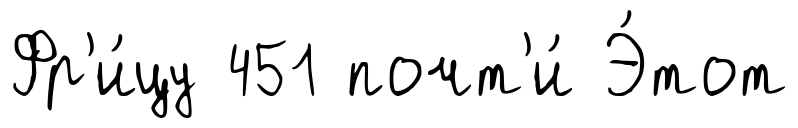
Фр'и́цу 451 почт'и́ Э́тот